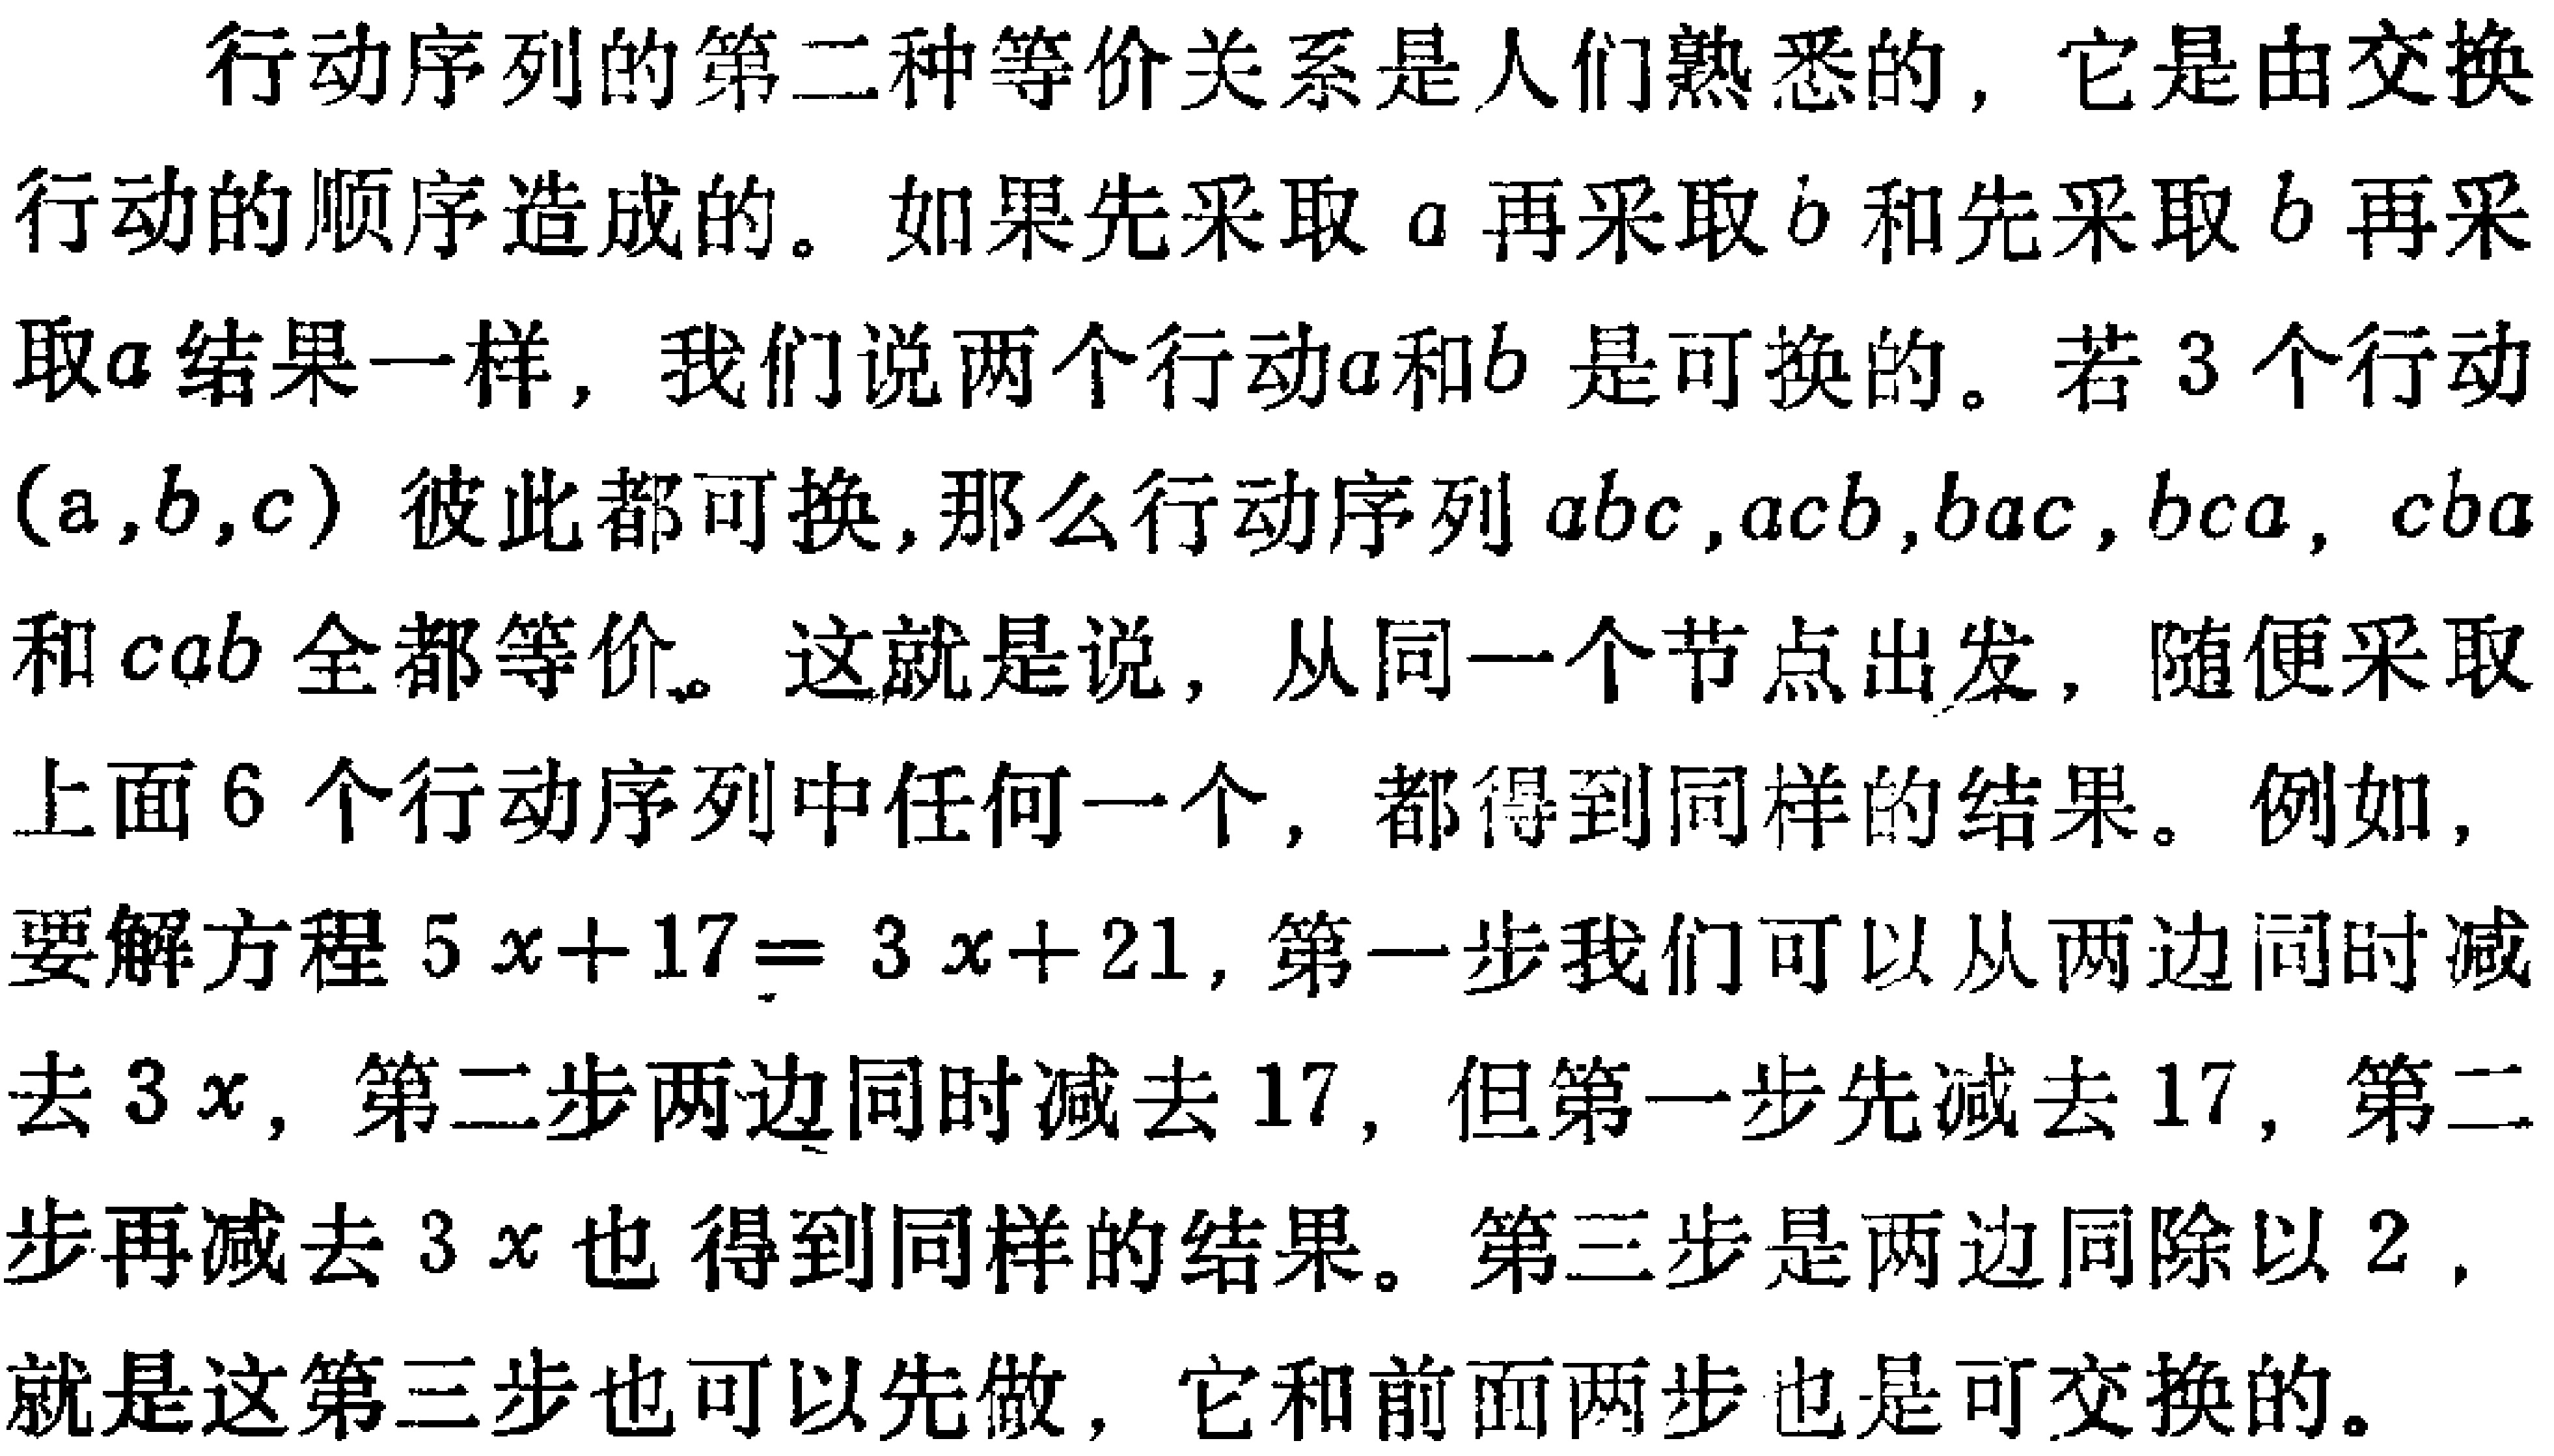
行动序列的第二种等价关系是人们熟悉的，它是由交换行动的顺序造成的。如果先采取\(a\)再采取\(b\)和先采取\(b\)再采取\(a\)结果一样，我们说两个行动\(a\)和\(b\) 是可换的。若\(3\)个行动\((a,b,c)\)彼此都可换,那么行动序列\(abc,acb,bac,bca, cba\)和\(cab\)全都等价。这就是说，从同一个节点出发，随便采取上面\(6\)个行动序列中任何一个，都得到同样的结果。例如，要解方程\(5x + 17 = 3x + 21\)，第一步我们可以从两边同时减去\(3x\)，第二步两边同时减去\(17\)，但第一步先减去\(17\)，第二步再减去\(3x\)也得到同样的结果。第三步是两边同除以\(2\)，就是这第三步也可以先做，它和前面两步也是可交换的。